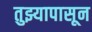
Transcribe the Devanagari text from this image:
तुझ्यापासून